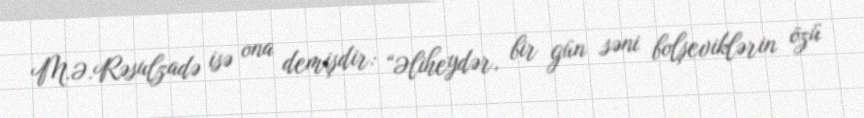
M.Ə.Rəsulzadə isə ona demişdir: “Əliheydər, bir gün səni bolşeviklərin özü